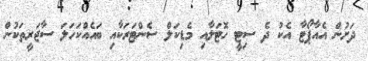
ދަށުން އެއާޕޯޓާ އެކު ދެ ސިޓީ ހޮޓަލާއި މެޑިކަލް ސެންޓަރަކާއި ބައެއްކަހަލަ ސާޖަރީތަކުން